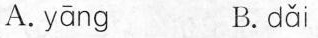
A. yāng B. dǎi